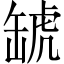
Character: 𧇍